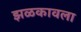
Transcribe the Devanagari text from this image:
झळकावला